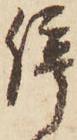
停